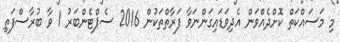
މި މަސައްކަތް ކޮށްދެއްވަން އެދިވަޑައިގަންނަވާ ފަރާތްތަކުން 2016 ސެޕްޓެންބަރު 1 ވާ ބުރާސްފަތި